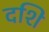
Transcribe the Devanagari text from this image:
दशि